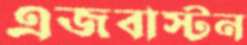
এজবাস্টন